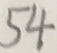
5 4